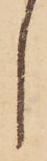
し